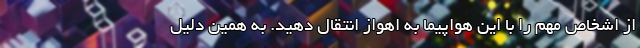
از اشخاص مهم را با این هواپیما به اهواز انتقال دهید. به همین دلیل